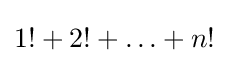
1!+2!+\ldots +n!